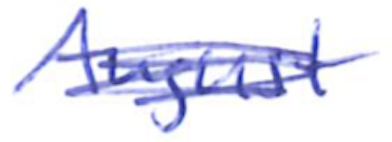
Text: August
Cross-out: scratch
Writing tool: ballpoint